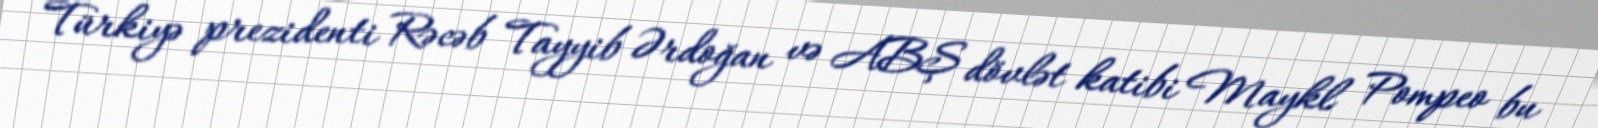
Türkiyə prezidenti Rəcəb Tayyib Ərdoğan və ABŞ dövlət katibi Maykl Pompeo bu